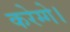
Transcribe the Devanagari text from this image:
करेग्गे।